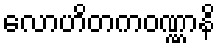
လောဟိတကဝဏ္ဏာနိ